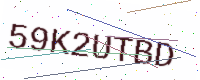
Text: 59K2UTBD